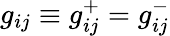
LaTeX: g_{ij}\equiv g_{ij}^{+}=g_{ij}^{-}